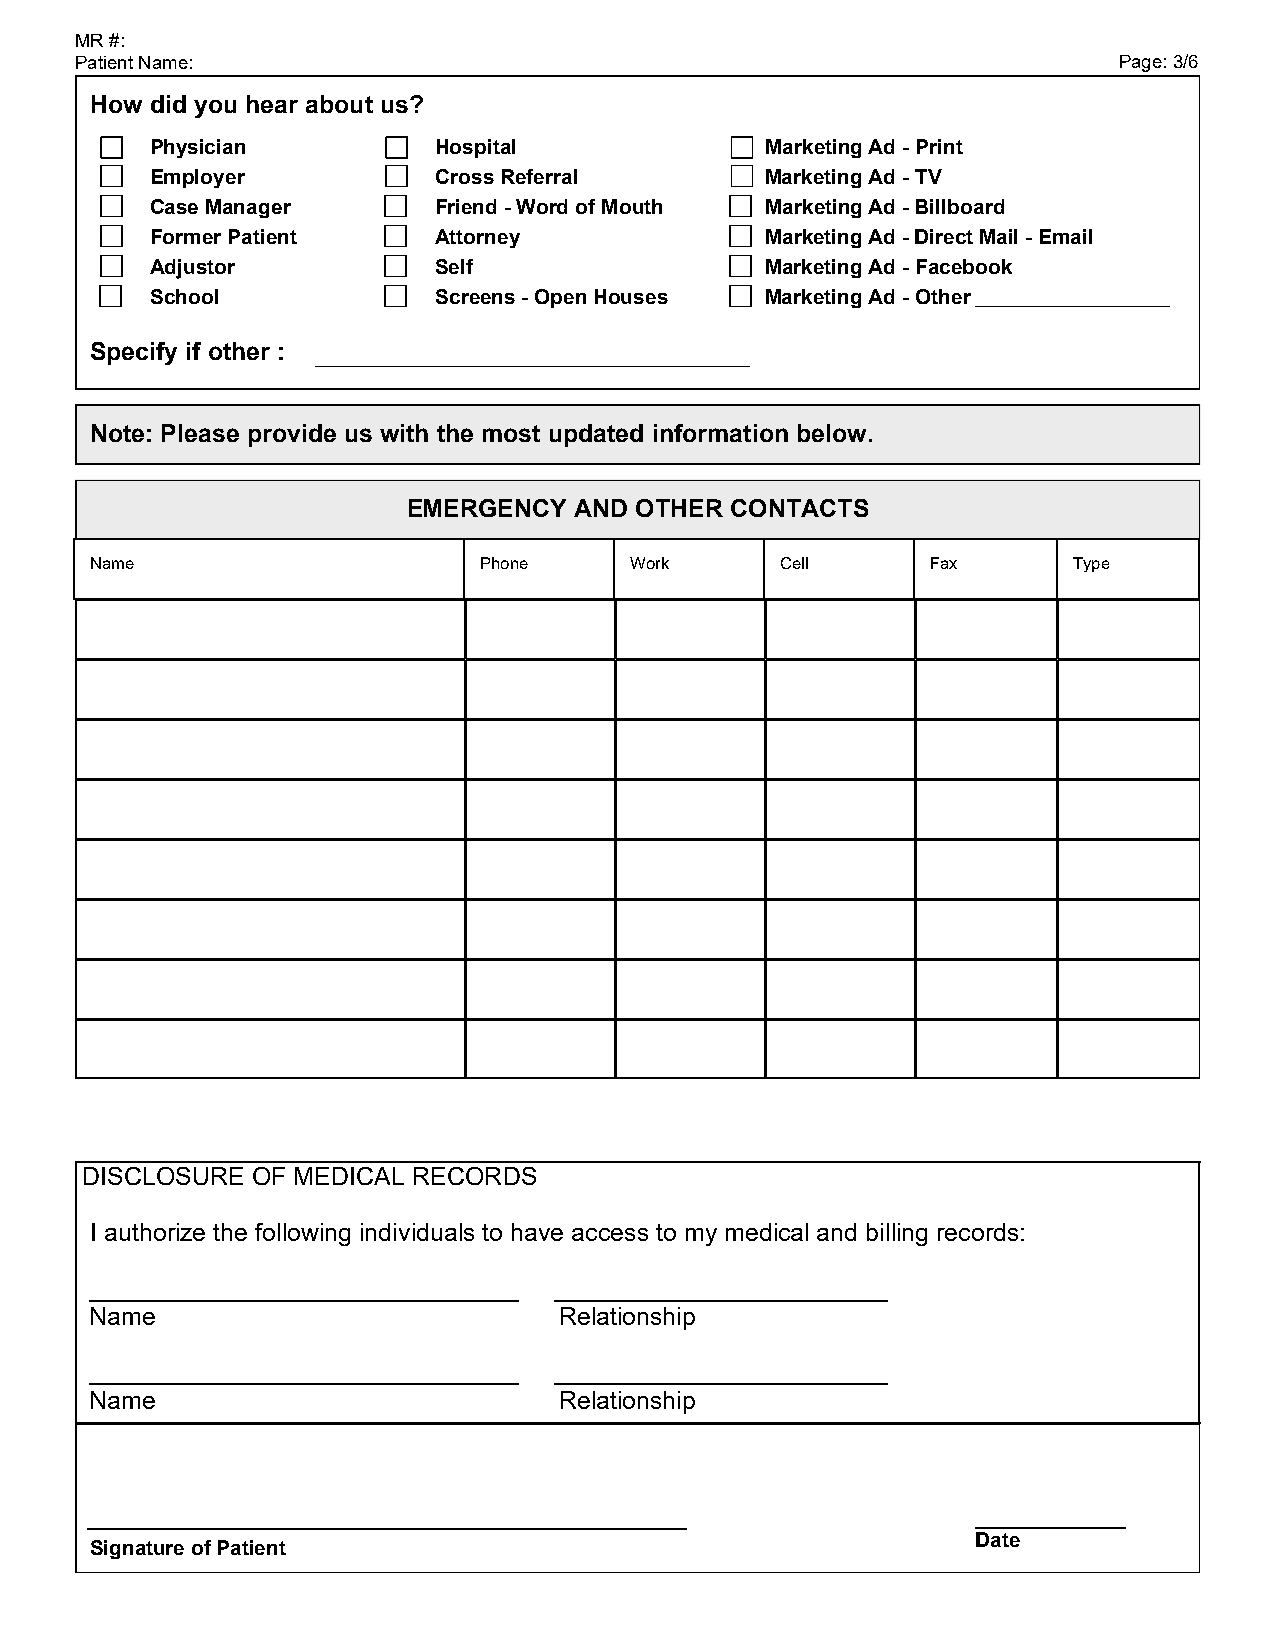
MR #:
 Patient Name:                                                        Page: 3/6
 How did you hear about us?
 Physician          Hospital              Marketing Ad - Print
 Employer           Cross Referral        Marketing Ad - TV
 Case Manager       Friend - Word of Mouth Marketing Ad - Billboard
 Former Patient     Attorney              Marketing Ad - Direct Mail - Email
 Adjustor           Self                  Marketing Ad - Facebook
 School             Screens - Open Houses Marketing Ad - Other
 Specify if other :
 Note: Please provide us with the most updated information below.
 EMERGENCY  AND OTHER CONTACTS
 Name                      Phone     Work      Cell      Fax      Type
 DISCLOSURE OF MEDICAL RECORDS
 I authorize the following individuals to have access to my medical and billing records:
 _______________________________ ________________________
 Name                           Relationship
 _______________________________ ________________________
 Name                           Relationship
 Date
 SSiiggnnaattuurree ooff PPaattiieenntt